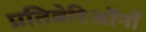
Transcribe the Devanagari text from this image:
प्रतिबेरिऑनों